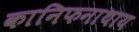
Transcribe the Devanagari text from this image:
कानिफनाथाय